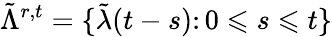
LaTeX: \tilde{\Lambda}^{r,t}=\{ \tilde{\lambda}(t-s)\colon 0\leqslant s\leqslant t\}